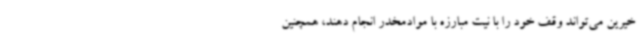
خیرین می‌تواند وقف خود را با نیت مبارزه با موادمخدر انجام دهند، همچنین